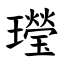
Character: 㼆